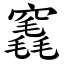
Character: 竁